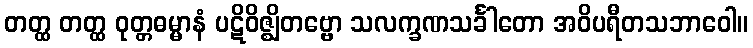
တတ္ထ တတ္ထ ဝုတ္တဓမ္မာနံ ပဋိဝိဇ္ဈိတဗ္ဗော သလက္ခဏသင်္ခါတော အဝိပရီတသဘာဝေါ။